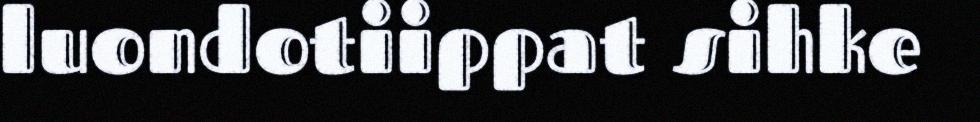
luondotiippat sihke